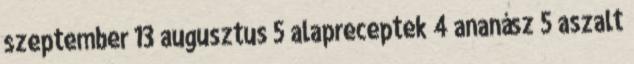
szeptember 13 augusztus 5 alapreceptek 4 ananász 5 aszalt